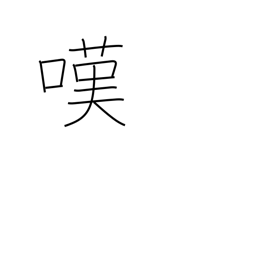
Meaning: lament